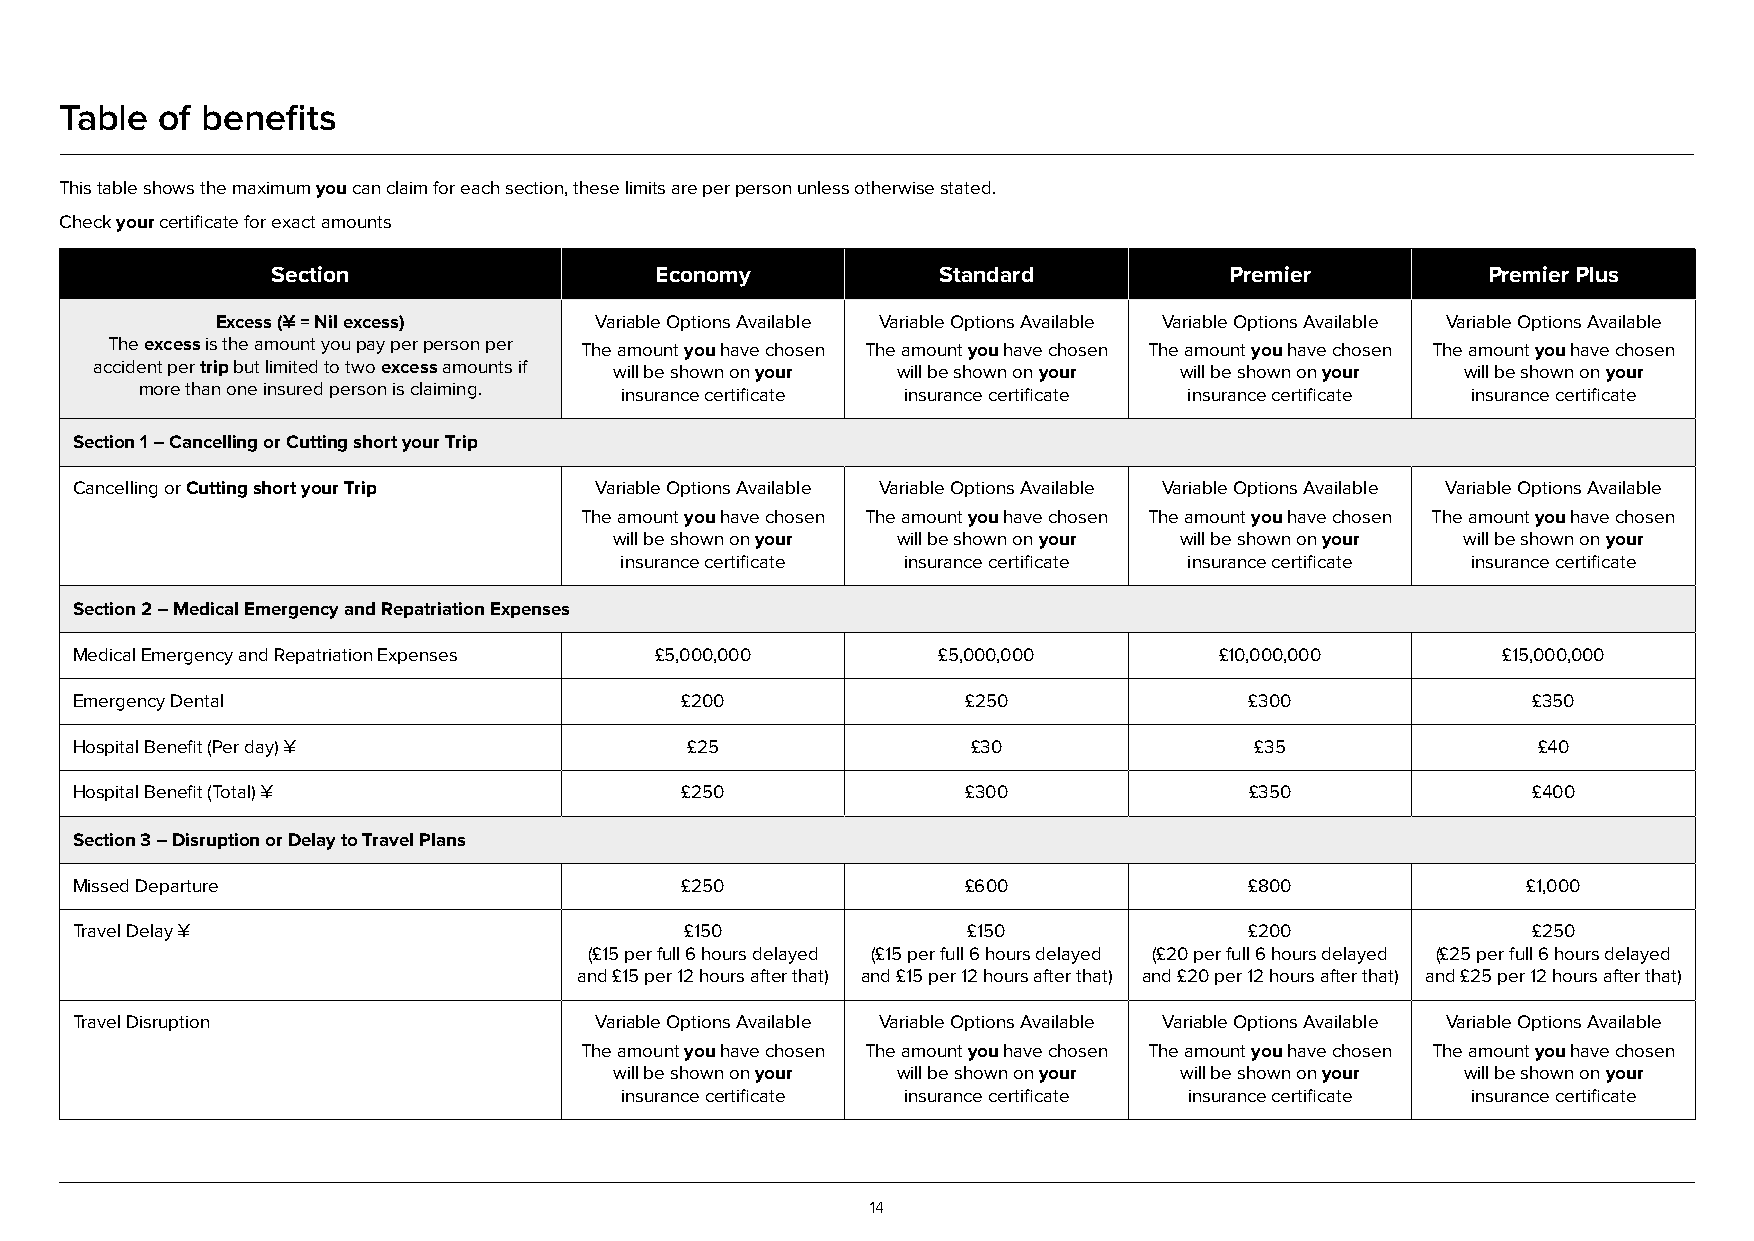
Table  of benefits
 This table shows the maximum you can claim for each section, these limits are per person unless otherwise stated.
 Check your certificate for exact amounts
 Section                  Economy            Standard           Premier          Premier Plus
 Excess (¥ = Nil excess)  Variable Options Available Variable Options Available Variable Options Available Variable Options Available
 The excess is the amount you pay per person per The amount you have chosen The amount you have chosen The amount you have chosen The amount you have chosen
 accident per trip but limited to two excess amounts if will be shown on your will be shown on your will be shown on your will be shown on your
 more than one insured person is claiming. insurance certificate insurance certificate insurance certificate insurance certificate
 Section 1 – Cancelling or Cutting short your Trip
 Cancelling or Cutting short your Trip Variable Options Available Variable Options Available Variable Options Available Variable Options Available
 The amount you have chosen The amount you have chosen The amount you have chosen The amount you have chosen
 will be shown on your will be shown on your will be shown on your will be shown on your
 insurance certificate insurance certificate insurance certificate insurance certificate
 Section 2 – Medical Emergency and Repatriation Expenses
 Medical Emergency and Repatriation Expenses £5,000,000   £5,000,000         £10,000,000       £15,000,000
 Emergency Dental                        £200               £250               £300              £350
 Hospital Benefit (Per day) ¥            £25                £30                £35                £40
 Hospital Benefit (Total) ¥              £250               £300               £350              £400
 Section 3 – Disruption or Delay to Travel Plans
 Missed Departure                        £250               £600               £800              £1,000
 Travel Delay ¥                          £150               £150               £200              £250
 (£15 per full 6 hours delayed (£15 per full 6 hours delayed (£20 per full 6 hours delayed (£25 per full 6 hours delayed
 and £15 per 12 hours after that) and £15 per 12 hours after that) and £20 per 12 hours after that) and £25 per 12 hours after that)
 Travel Disruption                 Variable Options Available Variable Options Available Variable Options Available Variable Options Available
 The amount you have chosen The amount you have chosen The amount you have chosen The amount you have chosen
 will be shown on your will be shown on your will be shown on your will be shown on your
 insurance certificate insurance certificate insurance certificate insurance certificate
 14